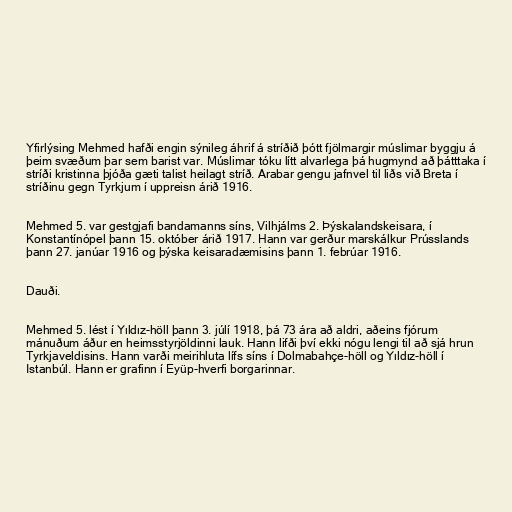
Yfirlýsing Mehmed hafði engin sýnileg áhrif á stríðið þótt fjölmargir múslimar byggju á
þeim svæðum þar sem barist var. Múslimar tóku lítt alvarlega þá hugmynd að þátttaka í
stríði kristinna þjóða gæti talist heilagt stríð. Arabar gengu jafnvel til liðs við Breta í
stríðinu gegn Tyrkjum í uppreisn árið 1916.

Mehmed 5. var gestgjafi bandamanns síns, Vilhjálms 2. Þýskalandskeisara, í
Konstantínópel þann 15. október árið 1917. Hann var gerður marskálkur Prússlands
þann 27. janúar 1916 og þýska keisaradæmisins þann 1. febrúar 1916.

Dauði.

Mehmed 5. lést í Yıldız-höll þann 3. júlí 1918, þá 73 ára að aldri, aðeins fjórum
mánuðum áður en heimsstyrjöldinni lauk. Hann lifði því ekki nógu lengi til að sjá hrun
Tyrkjaveldisins. Hann varði meirihluta lífs síns í Dolmabahçe-höll og Yıldız-höll í
Istanbúl. Hann er grafinn í Eyüp-hverfi borgarinnar.